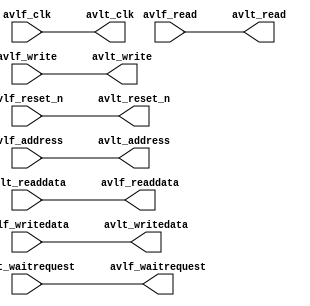
module ddr2_v10_1_sequencer_bridge (
	// Avalon Interface
	
	avlf_clk,
	avlf_reset_n,
	avlf_address,
	avlf_write,
	avlf_writedata,
	avlf_read,
	avlf_readdata,
	avlf_waitrequest,

	// PHY control

	avlt_clk,
	avlt_reset_n,
	avlt_address,
	avlt_write,
	avlt_writedata,
	avlt_read,
	avlt_readdata,
	avlt_waitrequest
);

	parameter AVL_DATA_WIDTH = 32;
	parameter AVL_ADDR_WIDTH = 16;

	input avlf_clk;
	input avlf_reset_n;
	input [AVL_ADDR_WIDTH - 1:0] avlf_address;
	input avlf_write;
	input [AVL_DATA_WIDTH - 1:0] avlf_writedata;
	input avlf_read;
	output [AVL_DATA_WIDTH - 1:0] avlf_readdata;
	output avlf_waitrequest;

	output avlt_clk;
	output avlt_reset_n;
	output [AVL_ADDR_WIDTH - 1:0] avlt_address;
	output avlt_write;
	output [AVL_DATA_WIDTH - 1:0] avlt_writedata;
	output avlt_read;
	input [AVL_DATA_WIDTH - 1:0] avlt_readdata;
	input avlt_waitrequest;

	assign avlt_clk = avlf_clk;
	assign avlt_reset_n = avlf_reset_n;
	assign avlt_address = avlf_address;
	assign avlt_write = avlf_write;
	assign avlt_writedata = avlf_writedata;
	assign avlt_read = avlf_read;
	assign avlf_readdata = avlt_readdata;
	assign avlf_waitrequest = avlt_waitrequest;

endmodule